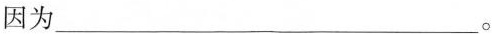
因为 ___ 。